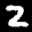
Label: 2